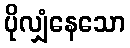
ပိုလျှံနေသော